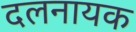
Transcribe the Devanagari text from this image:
दलनायक